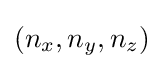
(n_{x},n_{y},n_{z})